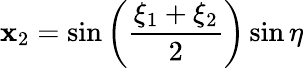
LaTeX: \mathbf{x}_{2}=\sin\left({\frac{{\xi_{1}+\xi_{2}}}{{2}}}\right)\sin\eta